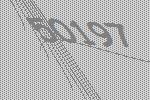
50197